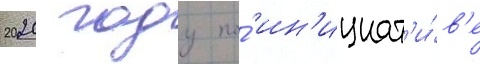
2020 году по́ ин'ициат'и́в'е